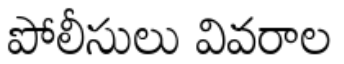
పోలీసులు వివరాల